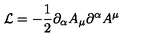
{ \cal L } = - \frac { 1 } { 2 } \partial _ { \alpha } A _ { \mu } \partial ^ { \alpha } A ^ { \mu }